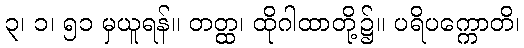
၃၊ ၁၊ ၅၁ မှယူရန်။ တတ္ထ၊ ထိုဂါထာတို့၌။ ပရိပက္ကောတိ၊